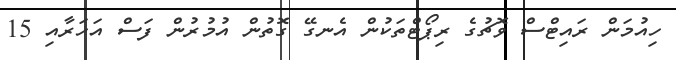
ހިއުމަން ރައިޓްސް ވޮޗުގެ ރިޕޯޓްތަކުން އެނގޭ ގޮތުން އުމުރުން ފަސް އަހަރާއި 15